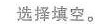
选择填空。